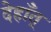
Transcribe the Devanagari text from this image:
देहाँत्